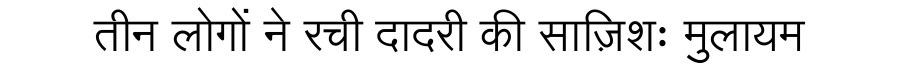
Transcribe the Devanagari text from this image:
तीन लोगों ने रची दादरी की साज़िशः मुलायम